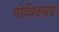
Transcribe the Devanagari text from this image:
गोविंदचंद